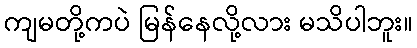
ကျမတို့ကပဲ မြန်နေလို့လား မသိပါဘူး။